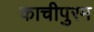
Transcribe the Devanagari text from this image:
काचीपुरम